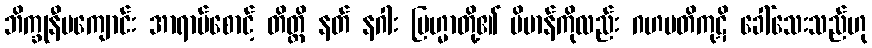
ဘိက္ခုနီမကျောင်း အာရာမ်စောင့် တိတ္ထိ နတ် နဂါး ဗြဟ္မာတို့၏ ဗိမာန်ကိုလည်း ဂဟပတိကုဋိ ခေါ်သေးသည်ဟု